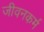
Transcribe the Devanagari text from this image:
जीवनकर्म